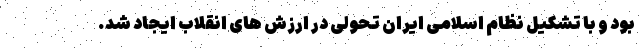
بود و با تشکیل نظام اسلامی ایران تحولی در ارزش های انقلاب ایجاد شد.